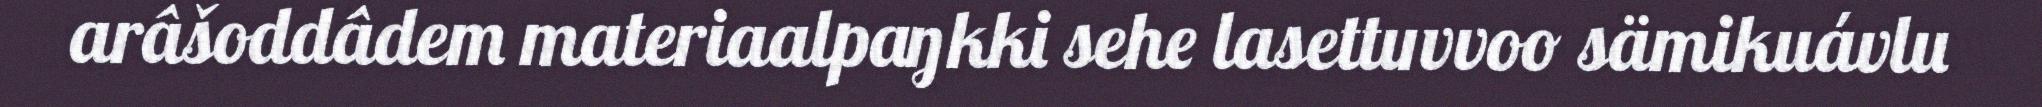
arâšoddâdem materiaalpaŋkki sehe lasettuvvoo sämikuávlu